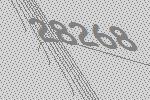
28268